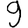
Digit: 9